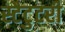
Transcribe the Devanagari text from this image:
स्टैटुटरी